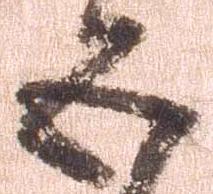
五